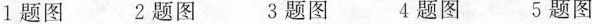
1题图 2题图 3题图 4题图 5题图